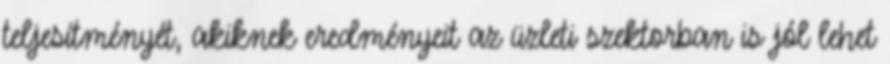
teljesítményét, akiknek eredményeit az üzleti szektorban is jól lehet